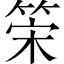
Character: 筞